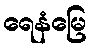
ရေနံမြေ